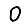
Digit: 0